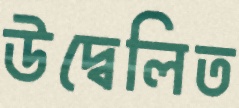
উদ্বেলিত